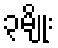
၃မျိုး